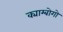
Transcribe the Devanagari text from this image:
क्याम्बोगो